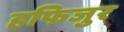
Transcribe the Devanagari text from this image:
हफिजुर